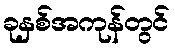
ခုနှစ်အကုန်တွင်